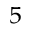
^ { 5 }